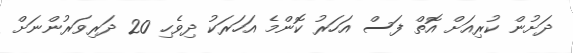
ދަށުން ކުރިއަށް އޮތް ފަސް އަހަރު ކޮންމެ އަހަރަކު ދިވެހި 20 ދަރިވަރުންނަށް